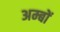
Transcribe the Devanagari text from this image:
अम्बों